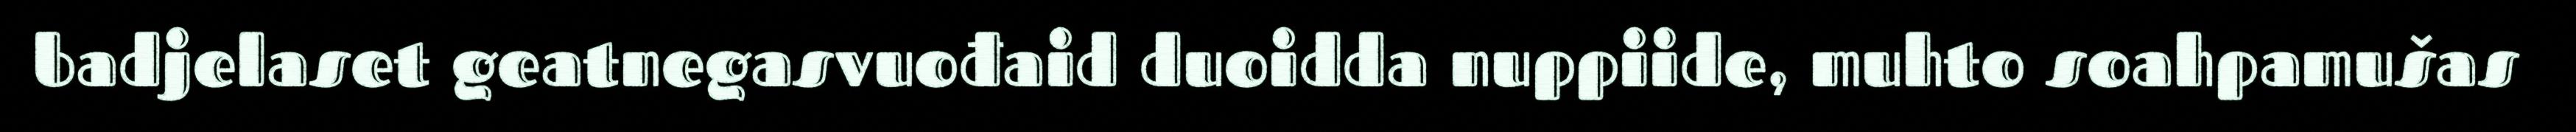
badjelaset geatnegasvuođaid duoidda nuppiide, muhto soahpamušas